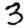
Digit: 3